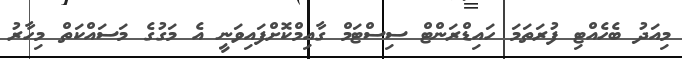
މިއަދު ބެހެއްޓި ފުރަތަމަ ހައިޑްރަންޓް ސިސްޓަމް ގާއިމްކޮށްފައިވަނީ އެ މަގުގެ މަސައްކަތް މިހާރު